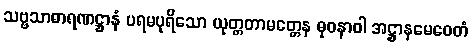
သဗ္ဗသာဓာရဏဋ္ဌာနံ ပရမပုရိသော ယုတ္တတာမတ္တေန ဓုဝနာဝါ အဋ္ဌာနမေဝေတံ